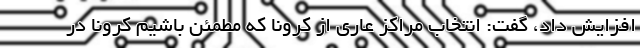
افزایش داد، گفت: انتخاب مراکز عاری از کرونا که مطمئن باشیم کرونا در